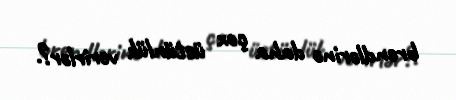
brendlərinə daha çox üstünlük verirlər?.